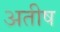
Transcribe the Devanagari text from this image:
अतीष